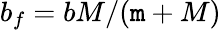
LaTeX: b_{f}=bM/(\mathtt{m}+M)